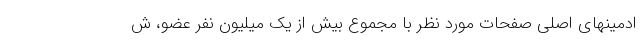
ادمینهای اصلی صفحات مورد نظر با مجموع بیش از یک میلیون نفر عضو، ش